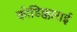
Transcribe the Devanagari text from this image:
कोडिक्काराई